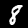
Label: 8